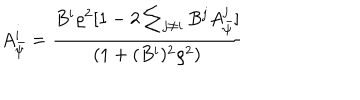
A _ { \bar { \psi } } ^ { i } = \frac { B ^ { i } \varrho ^ { 2 } [ 1 - 2 \sum _ { j \neq i } B ^ { j } A _ { \bar { \psi } } ^ { j } ] } { ( 1 + ( B ^ { i } ) ^ { 2 } \varrho ^ { 2 } ) }